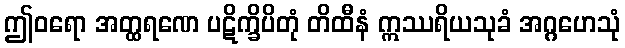
ဤဝရော အတ္ထရဏေ ပဋိက္ခိပိတုံ တိထီနံ ဣဿရိယသုခံ အဂ္ဂဟေသုံ